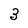
Character: 3